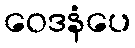
ဝေဒနံပေ